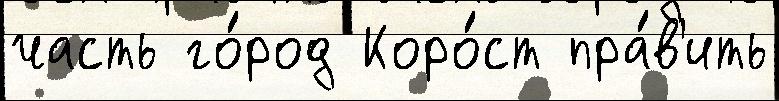
часть го́род Коро́ст пра́в'ить